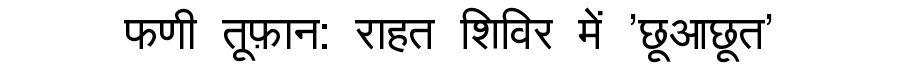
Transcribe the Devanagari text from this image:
फणी तूफ़ान: राहत शिविर में 'छूआछूत'